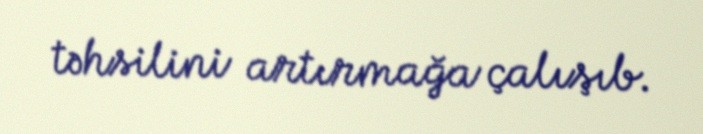
təhsilini artırmağa çalışıb.